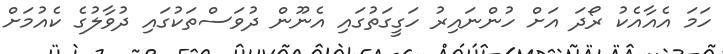
ހަމަ އެއާއެކު ރޯދަ އަށް ހުންނައިރު ހަގީގަތުގައި އެނޫން ދުވަސްތަކުގައި ދުވާލުގެ ކެއުމަށް